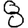
Digit: 8